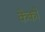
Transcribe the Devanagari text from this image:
केको